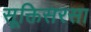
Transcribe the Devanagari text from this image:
सूक्तिसरसा